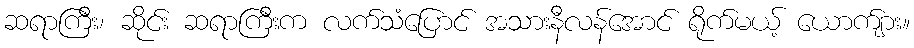
ဆရာကြီး၊ ဆိုင်း ဆရာကြီးက လက်သံပြောင် အသားနီလန်အောင် ရိုက်မယ့် ယောက်ျား။